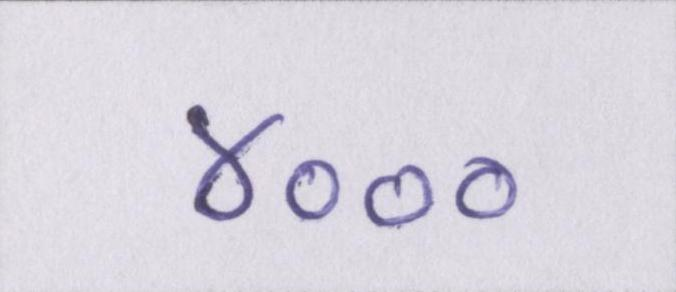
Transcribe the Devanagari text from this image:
४०००